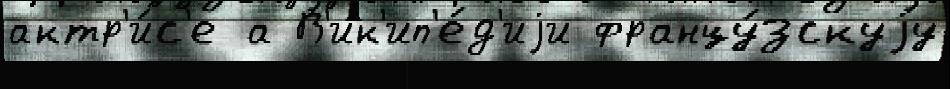
актр'и́с'е а В'ик'ип'е́д'иjи францу́зскуjу